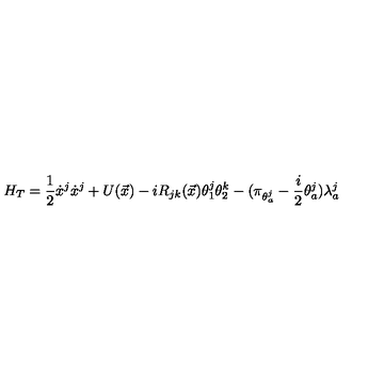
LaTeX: H _ { T } = \displaystyle \frac { 1 } { 2 } \dot { x } ^ { j } \dot { x } ^ { j } + U ( \vec { x } ) - i R _ { j k } ( \vec { x } ) \theta _ { 1 } ^ { j } \theta _ { 2 } ^ { k } - ( \pi _ { \theta _ { a } ^ { j } } - \displaystyle \frac { i } { 2 } \theta _ { a } ^ { j } ) \lambda _ { a } ^ { j }